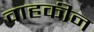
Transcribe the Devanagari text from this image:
वाहकीन